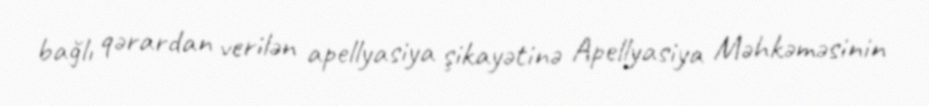
bağlı qərardan verilən apellyasiya şikayətinə Apellyasiya Məhkəməsinin